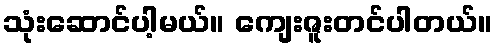
သုံးဆောင်ပါ့မယ်။ ကျေးဇူးတင်ပါတယ်။